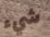
شيء